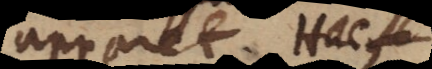
apparet. Hac